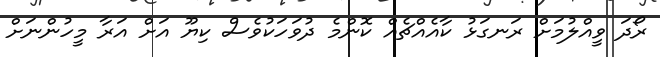
ރޯދަ ވީއްލުމަށް ރަނގަޅު ކާއެއްޗެއް ކޮންމެ ދުވަހަކުވެސް ކިޔޫ އަށް އަރާ މީހުންނަށް